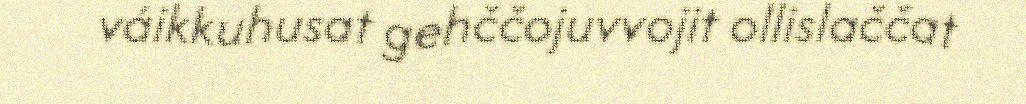
váikkuhusat gehččojuvvojit ollislaččat